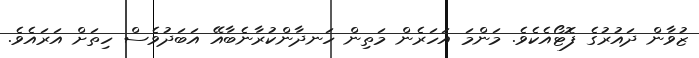
ޒުވާން ދައުރުގެ ފޮޓޯއެކެވެ. މަންމަ އަހަރެން މަތިން ހަނދާންކުރާނެބާއޭ އަބަދުވެސް ހިތަށް އަރައެވެ.